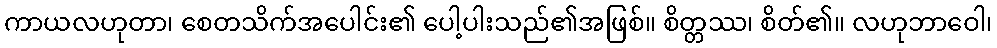
ကာယလဟုတာ၊ စေတသိက်အပေါင်း၏ ပေါ့ပါးသည်၏အဖြစ်။ စိတ္တဿ၊ စိတ်၏။ လဟုဘာဝေါ၊